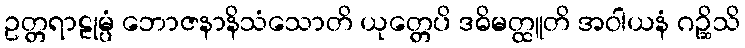
ဥတ္တရာဠုမ္ပံ ဘောဇနာနိသံသောတိ ယုတ္တေပိ ဒဓိမတ္ထူတိ အဝါယနံ ဂဉ္ဆိသိ